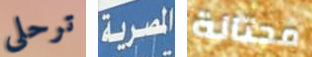
ترحلى المصرية محتالة